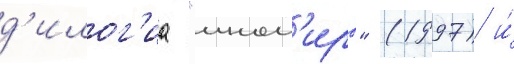
д'илог'иа "ином'иры" (1997) и́